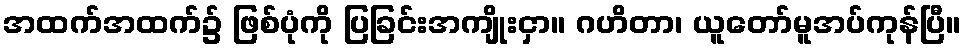
အထက်အထက်၌ ဖြစ်ပုံကို ပြခြင်းအကျိုးငှာ။ ဂဟိတာ၊ ယူတော်မူအပ်ကုန်ပြီ။